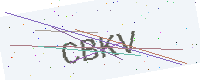
Text: CBKV